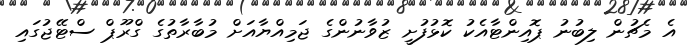
އެ މެޗުން ލިބުނު ޕޮއިންޓާއެކު ކޮޅުފުށީ ޒުވާނުންގެ ޖަމިއްޔާއަށް މުބާރާތުގެ ގްރޫޕް ސްޓޭޖުގައި